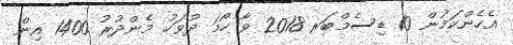
އެހެންކަމުން 10 ޑިސެމްބަރ 2018 ވާ ހޯމަ ދުވަހު މެންދުރު 1400 އިން